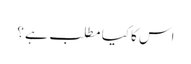
اس کا کیا مطلب ہے ؟